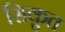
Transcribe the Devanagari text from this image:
सिकुत